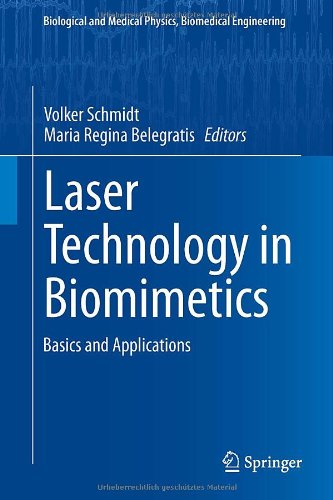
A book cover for Laser Technology in Biomimetics: Basics and Applications (Biological and Medical Physics, Biomedical Engineering); Science & Math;